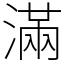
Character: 滿